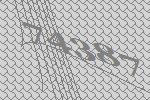
74387